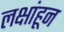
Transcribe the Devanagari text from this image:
लक्षांहून